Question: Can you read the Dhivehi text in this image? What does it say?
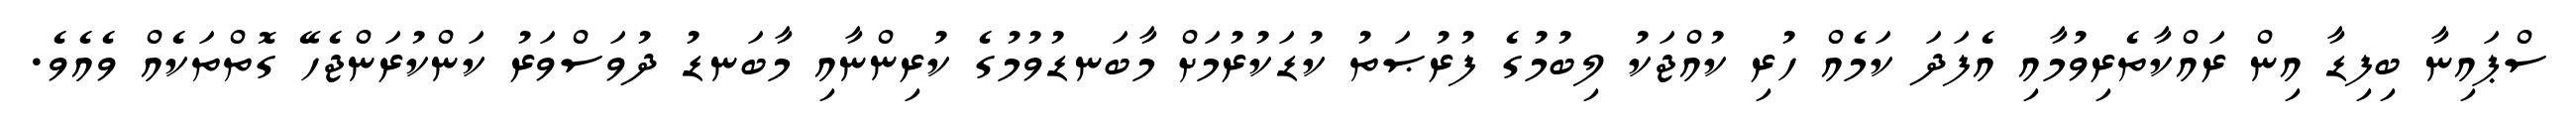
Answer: ސްޕައިނާ ބިފިޑާ އިން ރައްކާތެރިވުމާއި އެފަދަ ކަމެއް ހުރި ކުއްޖަކު ލިބުމުގެ ފުރުޞަތު ކުޑަކުރުމަށް މާބަނޑުވުމުގެ ކުރިންނާއި މާބަނޑު ދުވަސްވަރު ކަންކުރަންޖެހޭ ގޮތްތަކެއް ވެއެވެ.